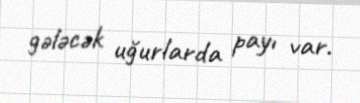
gələcək uğurlarda payı var.